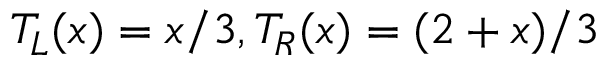
T _ { L } ( x ) = x / 3 , T _ { R } ( x ) = ( 2 + x ) / 3